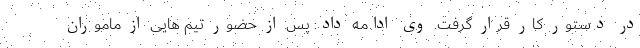
در دستور کار قرار گرفت. وی ادامه داد: پس از حضور تیم هایی از ماموران